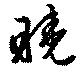
曉